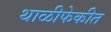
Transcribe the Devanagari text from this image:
थाळीफेकीत